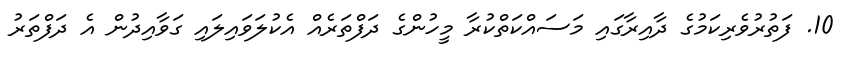
10. ފަތުރުވެރިކަމުގެ ދާއިރާގައި މަސައްކަތްކުރާ މީހުންގެ ދަފްތަރެއް އެކުލަވައިލައި ގަވާއިދުން އެ ދަފްތަރު